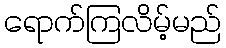
ရောက်ကြလိမ့်မည်